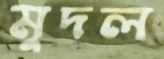
মুদল